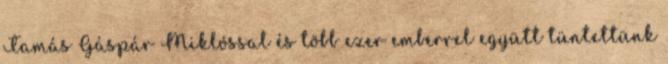
Tamás Gáspár Miklóssal és több ezer emberrel együtt tüntettünk